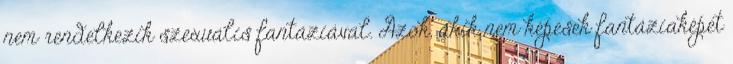
nem rendelkezik szexuális fantáziával. Azok, akik nem képesek fantáziaképet